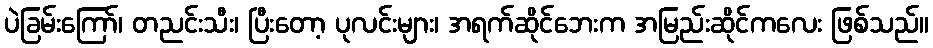
ပဲခြမ်းကြော်၊ တညင်းသီး၊ ပြီးတော့ ပုလင်းများ၊ အရက်ဆိုင်ဘေးက အမြည်းဆိုင်ကလေး ဖြစ်သည်။